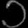
Digit: ၁